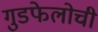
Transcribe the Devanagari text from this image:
गुडफेलोची